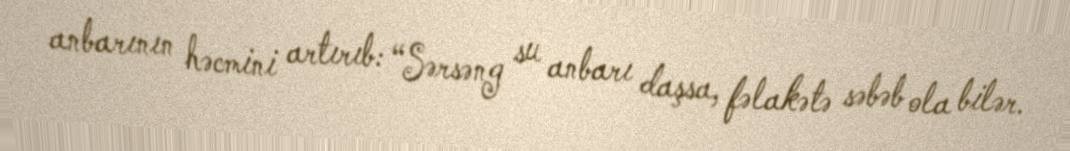
anbarının həcmini artırıb: “Sərsəng su anbarı daşsa, fəlakətə səbəb ola bilər.